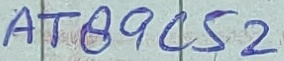
Text: AT89C52